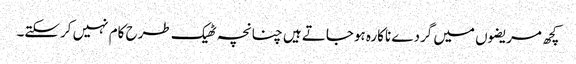
کچھ مریضوں میں گردے ناکارہ ہوجاتے ہیں چنانچہ ٹھیک طرح کام نہیں کرسکتے۔